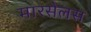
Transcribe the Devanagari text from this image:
मारसेलस